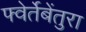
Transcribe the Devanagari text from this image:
फ्वेर्तेबेंतुरा